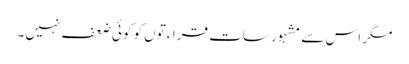
مگر اس سے مشہور سات قراءتوں کو کوئی ضعف نہیں۔